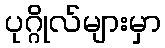
ပုဂ္ဂိုလ်များမှာ